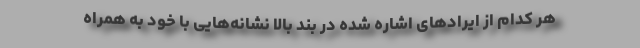
هر کدام از ایرادهای اشاره شده در بند بالا نشانه‌هایی با خود به همراه